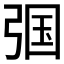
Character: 𱝞